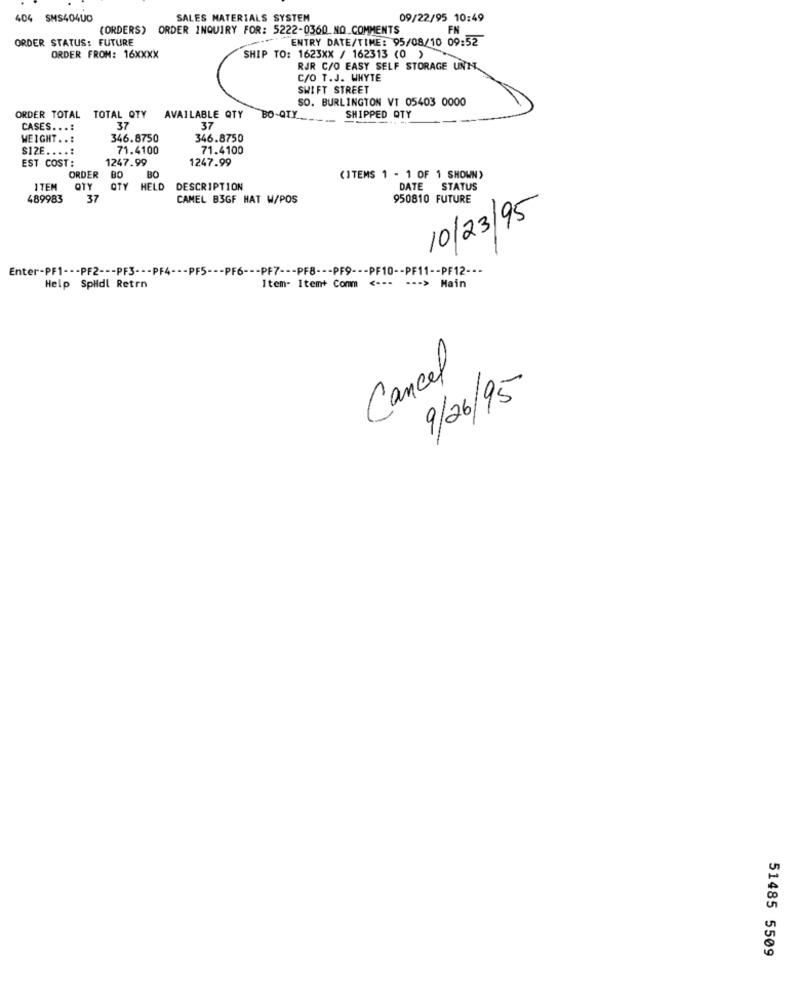
404 SMS404UO
SALES MATERIALS SYSTEM
09/22/95 10:49
(ORDERS) ORDER INQUIRY FOR: 5222-0360 NO COMMENTS
FN
ORDER STATUS: FUTURE
ENTRY DATE/TIME: 95/08/10 09:52
ORDER FROM: 16XXXX
SHIP TO: 1623XX / 162313 (0 )
RJR C/O EASY SELF STORAGE UNN
C/O T.J. WHYTE
SWIFT STREET
SO. BURLINGTON VT 05403 0000
ORDER TOTAL TOTAL QTY
AVAILABLE QTY
BO-QTY __
SHIPPED QTY
CASES ...:
37
37
WEIGHT ..:
346.8750
346.8750
$12E ....:
71.4100
71.4100
EST COST:
1247.99
1247.99
ORDER
BO
BO
(ITEMS 1 - 1 OF 1 SHOWN)
ITEM
OTY
QTY HELD
DESCRIPTION
DATE STATUS
489983
37
CAMEL B3GF HAT W/POS
950810 FUTURE
10/23/95
Enter-PF1 --- PF2 --- PF3 --- PF4 --- PF5 --- PF6 --- PF7 --- PF8 --- PF9 --- PF10 -- PF11 -- PF12 ---
Help Splidl Retrn
Item- Item+ Comm <--- --- > Main
Cancel
9/26/95
51485 5509